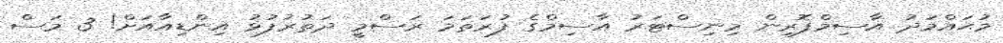
މުޙައްމަދު އާސިމްފޮރިން މިނިސްޓަރު އާސިމްގެ ފުރަތަމަ ރަސްމީ ދަތުރުފުޅު އިންޑިއާއަށް! 3 މަސް